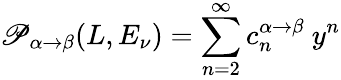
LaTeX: \mathscr{P}_{\alpha\to\beta}(L,E_{\nu})=\sum_{n=2}^{\infty}c_{n}^{\alpha\to\beta}~y^{n}